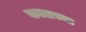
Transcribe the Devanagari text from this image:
कालच्या